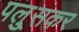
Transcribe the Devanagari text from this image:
पलु्सकर